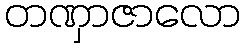
တဏှာဇာလော